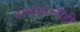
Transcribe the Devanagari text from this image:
गोदामाचीही